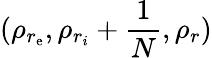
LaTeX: (\rho_{r_{\mathrm{e}}},\rho_{r_{i}}+\frac{{1}}{{N}},\rho_{r})